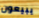
يبيعون